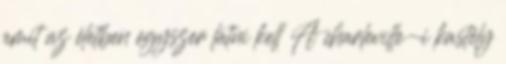
amit az életben egyszer látni kell A charleville-i kastély